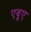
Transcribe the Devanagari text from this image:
एबूए